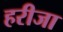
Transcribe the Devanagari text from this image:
हरीजा